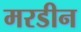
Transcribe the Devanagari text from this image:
मरडीन